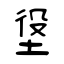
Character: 垼